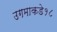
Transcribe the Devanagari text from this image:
उगमाकडे१८